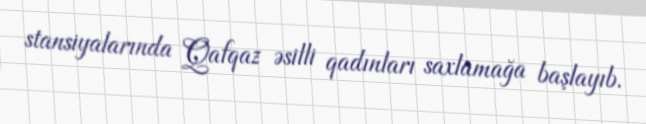
stansiyalarında Qafqaz əsilli qadınları saxlamağa başlayıb.